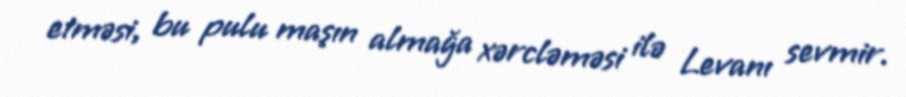
etməsi, bu pulu maşın almağa xərcləməsi ilə Levanı sevmir.